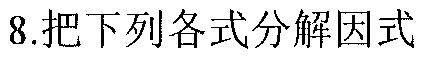
8.把下列各式分解因式